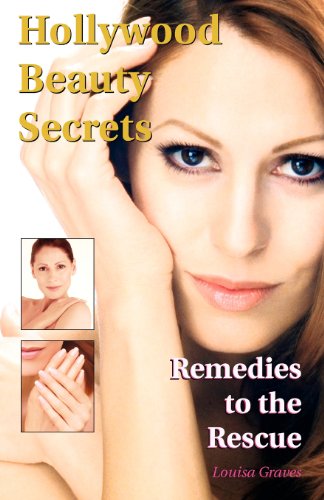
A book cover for Hollywood Beauty Secrets: Remedies to the Rescue; Louisa Graves; Health, Fitness & Dieting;